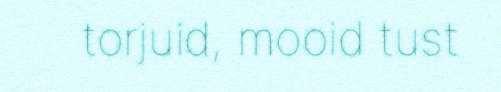
torjuid, mooid tust